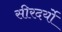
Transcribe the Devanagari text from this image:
सीरदर्यो